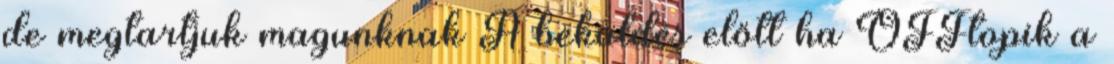
de megtartjuk magunknak A beküldés előtt ha OFFtopik a